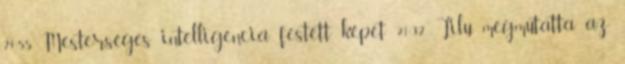
21:55 Mesterséges intelligencia festett képet 21:32 Lilu megmutatta az